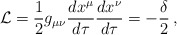
\begin{align*}{\cal{L}}=\frac{1}{2}g_{\mu\nu}\frac{dx^{\mu}}{d \tau} \frac{dx^{\nu}}{d \tau}=-\frac{\delta}{2}\:, \end{align*}